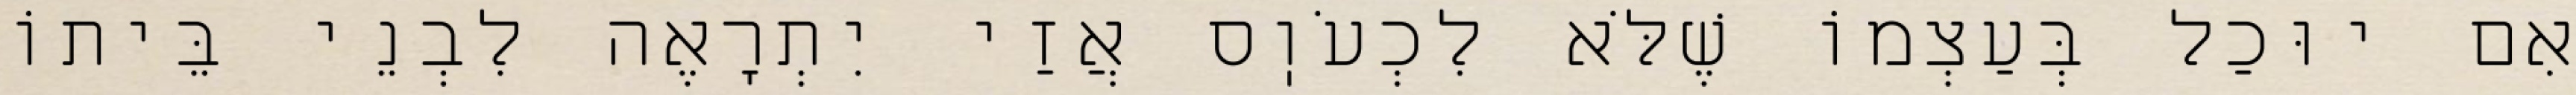
אִם יוּכַל בְּעַצְמוֹ שֶׁלֹּא לִכְעֹוֽס אֲזַי יִתְרָאֶה לִבְנֵי בֵּיתוֹ